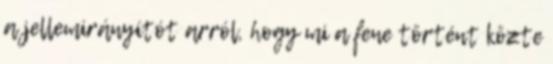
a jellemirányítót arról, hogy mi a fene történt közte